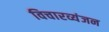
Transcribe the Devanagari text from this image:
विचारव्यंजन